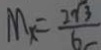
M _ { x } = \frac { 2 \sqrt { 3 } } { 6 }